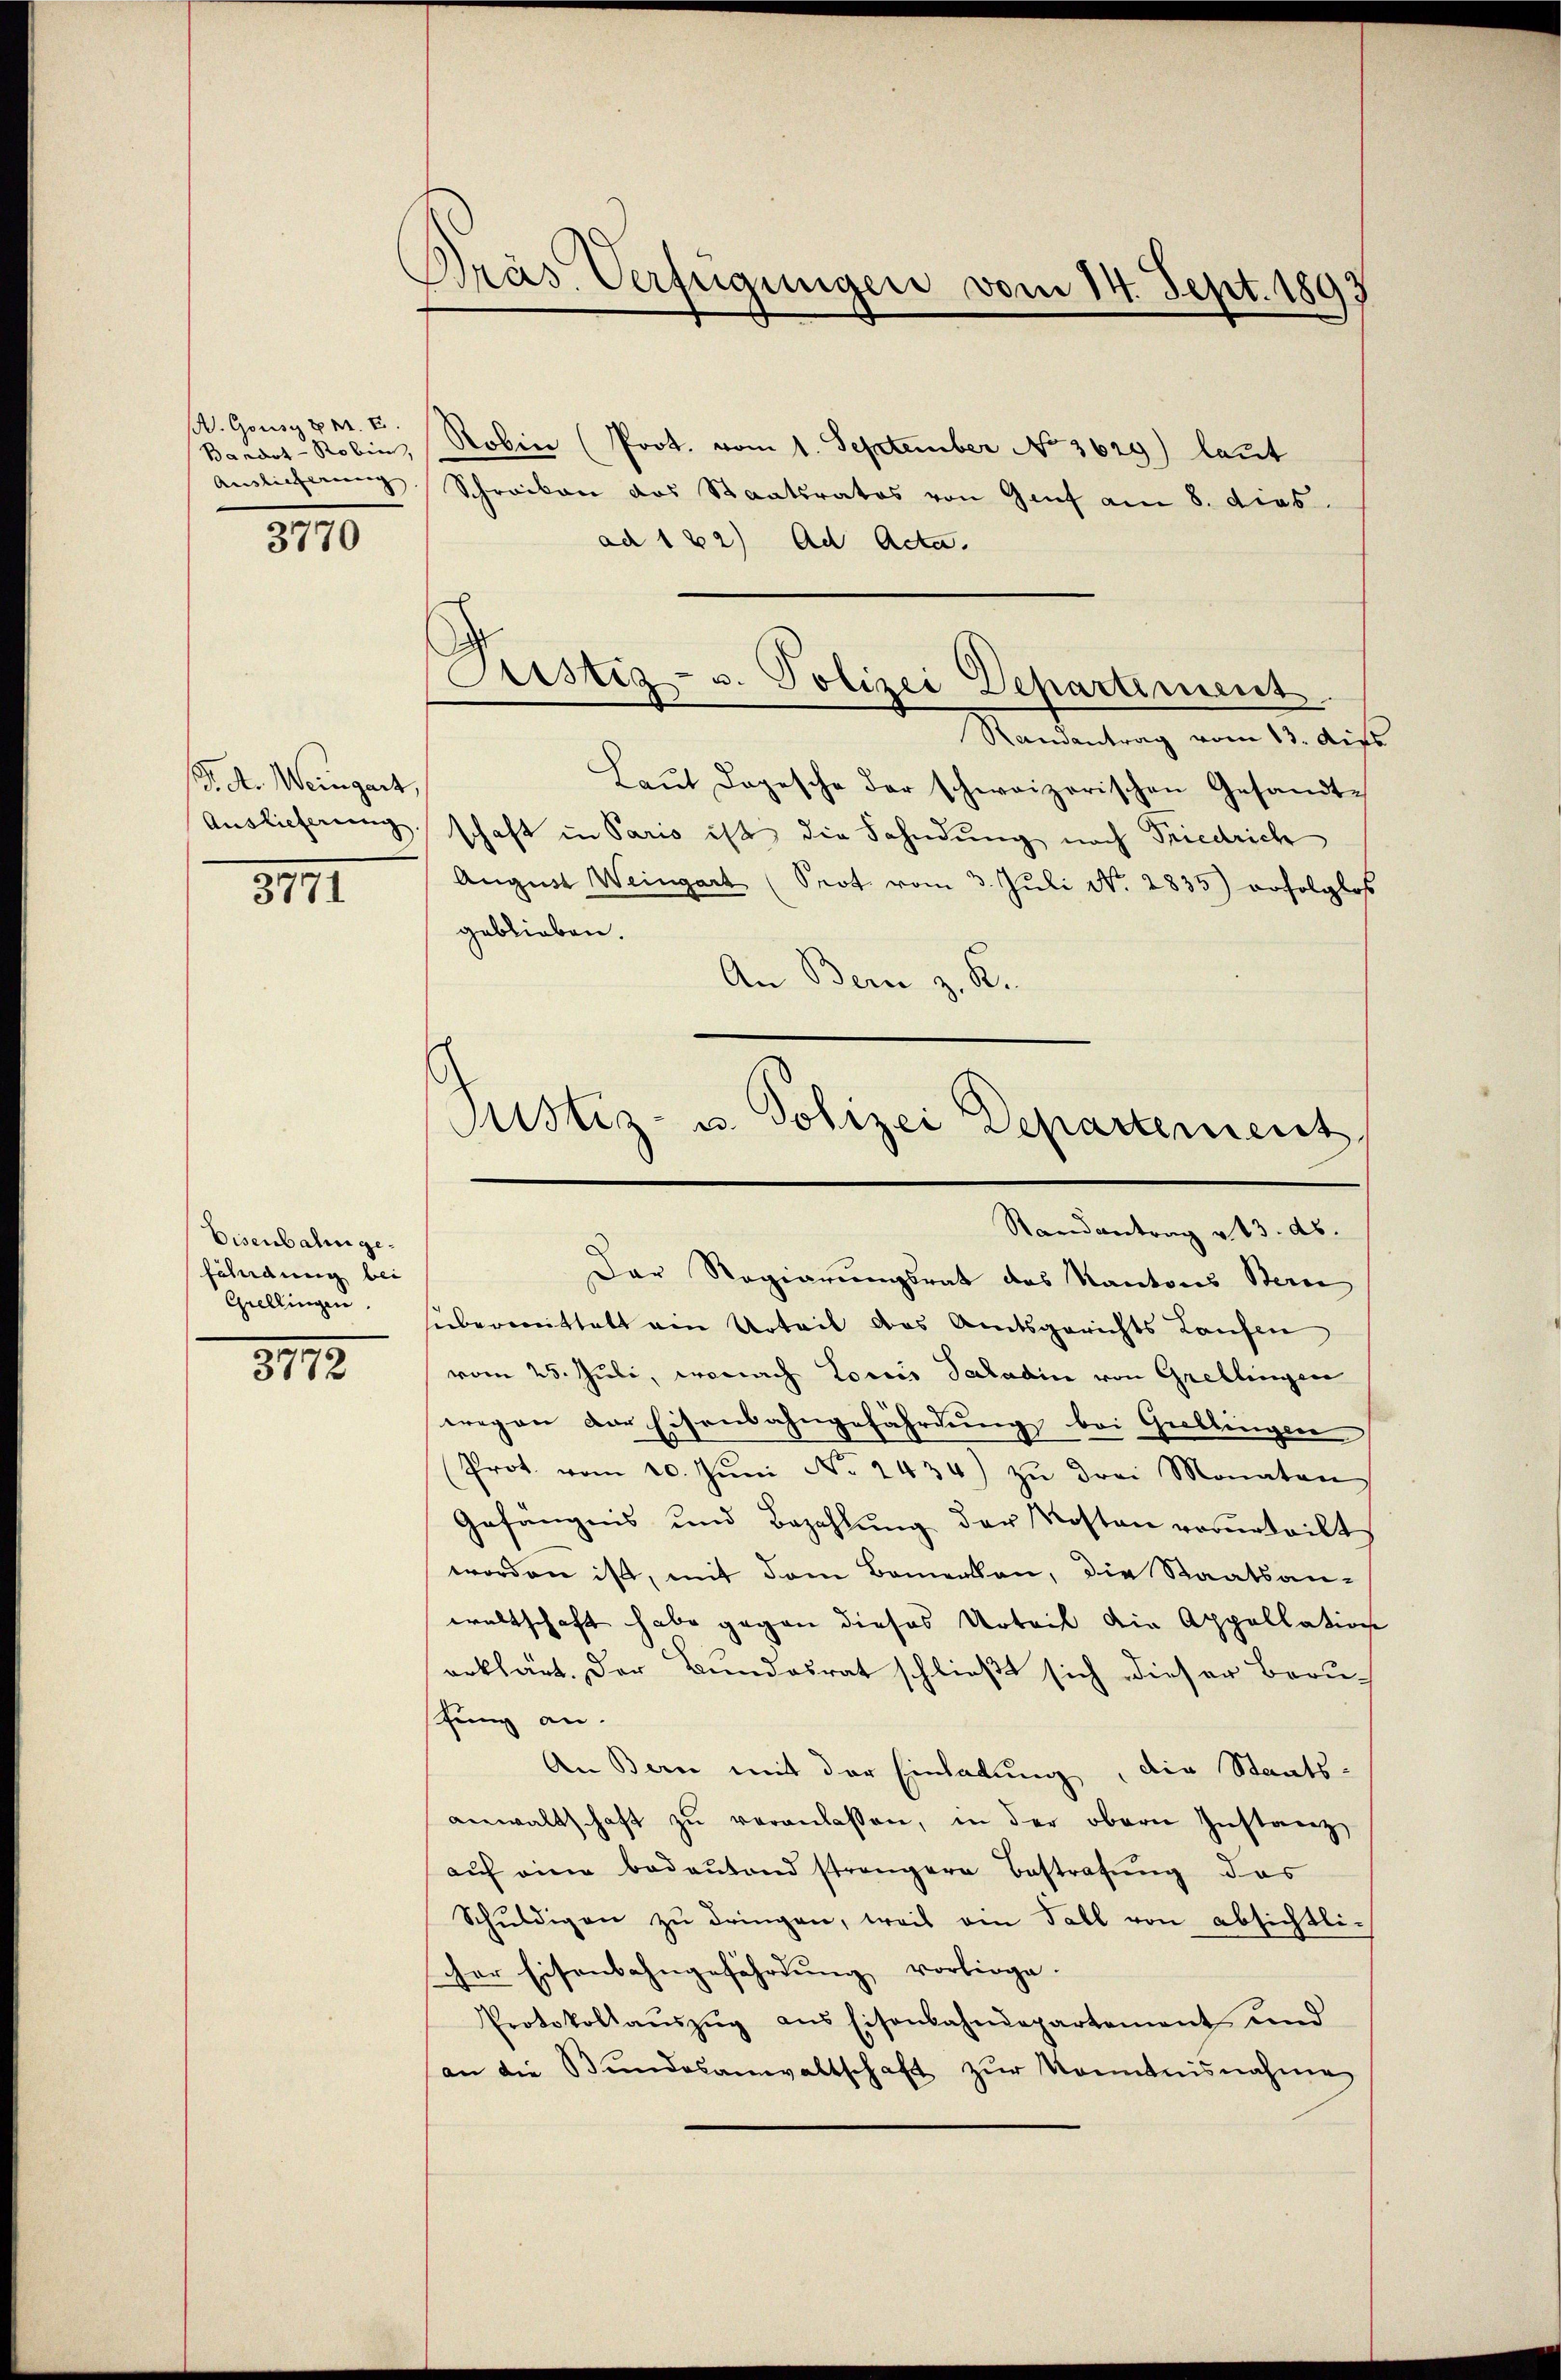
. Gousz z. B. E.
Bandot-Robin,
Auslieferung

3770

/d. A. Weingart,
Auslieferung.

3771

Eisenbahn gefährdung bei
Grellingen.

3172

Dräs Verfügungen vom 14. Sept. 1893

Robin (Prot. vom 1. September No. 3629) laut
Schreiben das Staatsrates von Genf am 8. dies.
ad 122) Ad Acta.
Randantrag vom 13. dies
Laŭt Dogesche der schweizerischen Gesandt-
schaft in Paris ist die Fahndung nach Friedrich
August Weingart (Prot. vom 3. Juli No 2835) erfolglos
geblieben.
An Bern z. R.
Justiz- u. Polizei Departement

Austiz- u. Polizei Departement

Randantrag v. 13. ds.

Der Regierungsrat des Kantons Stern
übermittelt ein Urteil das Amtsgerichts Laufen
vom 25. Juli, wonach Loris Saladin von Grellingen
wegen der Eisenbahngefährdung bei Gullingen
Prot. vom 10. Jŭni No 2434) zŭ drei Monaten
Gefängnis und Bezahlŭng der Kosten verurteilt,
worden ist, mit dem Bemerken, die Staatsan-
waltschaft habe gegen dieses Urteil die Appellation
erklärt. Der Bundesrat schließt sich dieser Berushung an.
An Bern mit der Einhabung, die Staats-
anwaltschaft zŭ veranlassen, in der obern Instanz
aŭf eine bedeŭtend strengere Bestrafŭng das
Schŭldigen zŭ dringen, weis am Fall von absichtli-
scher Eisenbahngefährdung vorliege.
Protokollaŭszŭg ans Eisenbahndepartement und
(an die Bŭndesanwaltschaft zŭr Kenntnisnahme